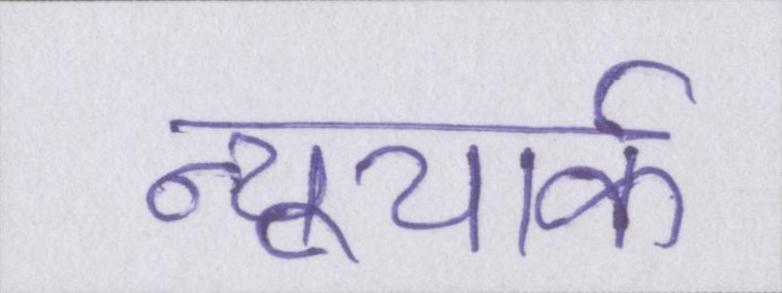
न्यूयार्क